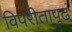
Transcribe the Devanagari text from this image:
विपरीतापुढं